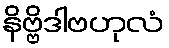
နိဗ္ဗိဒါဗဟုလံ